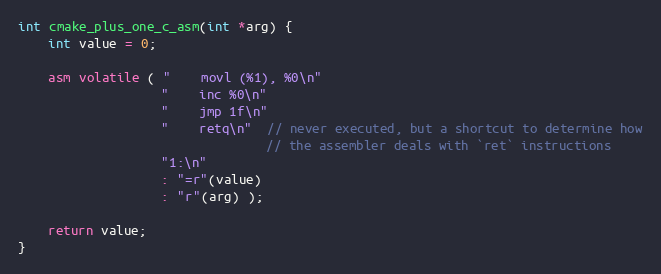
Language: C
int cmake_plus_one_c_asm(int *arg) {
    int value = 0;

    asm volatile ( "    movl (%1), %0\n"
                   "    inc %0\n"
                   "    jmp 1f\n"
                   "    retq\n"  // never executed, but a shortcut to determine how
                                 // the assembler deals with `ret` instructions
                   "1:\n"
                   : "=r"(value)
                   : "r"(arg) );

    return value;
}